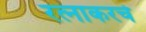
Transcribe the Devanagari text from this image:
रत्‍नाकरचे